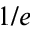
1 / e